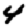
Digit: 4